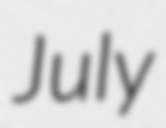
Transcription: July